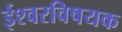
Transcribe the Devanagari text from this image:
ईश्वरविषयक